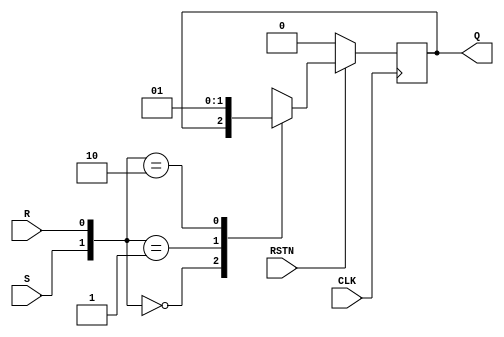
module SR_flipflop(
	input CLK,
	input RSTN,
	input S,
	input R,
	output reg Q
);

always@(posedge CLK) begin
	if(!RSTN) Q<= 0;
		else begin
			case({S,R})
				2'b00 : Q <= Q;
				2'b01 : Q <= 1'b0;
				2'b10 : Q <= 1'b1;
				2'b11 : Q <= 1'bx;
			endcase
		end
end

endmodule